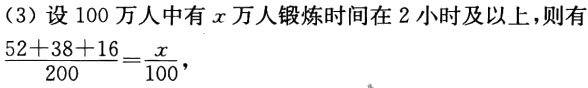
（3）设 100 万人中有 \(x\) 万人锻炼时间在 2 小时及以上，则有 \(\frac{52 + 38+16}{200}=\frac{x}{100}\)，